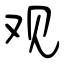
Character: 观